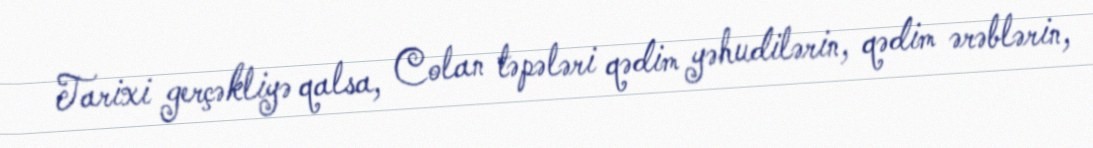
Tarixi gerçəkliyə qalsa, Colan təpələri qədim yəhudilərin, qədim ərəblərin,